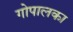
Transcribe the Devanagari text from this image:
गोपालका